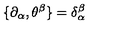
\{ \partial _ { \alpha } , \theta ^ { \beta } \} = \delta _ { \alpha } ^ { \beta }